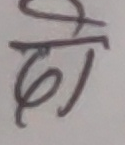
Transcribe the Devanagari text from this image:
हो